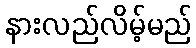
နားလည်လိမ့်မည်